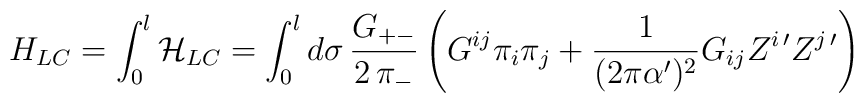
H_{LC} = \int_0^l \mathcal{H}_{LC} =    \int_0^l d\sigma \, \frac{G_{+-}}{2 \,\pi_-}    \left( G^{ij} \pi_i \pi_j +    \frac{1}{(2\pi\alpha')^2} G_{ij} Z^{i\,\prime} Z^{j\,\prime}    \right)